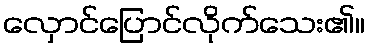
လှောင်ပြောင်လိုက်သေး၏။